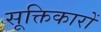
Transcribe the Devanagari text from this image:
सूक्तिकारों